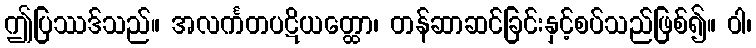
ဤပြဿဒ်သည်။ အလင်္ကတပဋိယတ္ထော၊ တန်ဆာဆင်ခြင်းနှင့်စပ်သည်ဖြစ်၍။ ဝါ၊